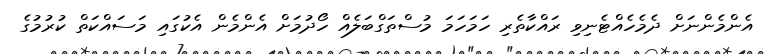
އެންމެންނަށް ދެމެހެއްޓެނިވި ރައްކާތެރި ހަމަހަމަ މުސްތަގްބަލެއް ހޯދުމަށް އެންމެން އެކުގައި މަސައްކަތް ކުރުމުގެ